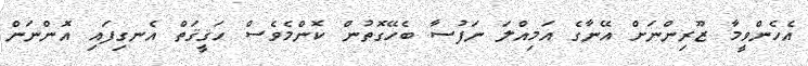
އެހެންވީމާ ޒޫރިންނަށް އޭނާގެ އަމިއްލަ ނަފުސާ ބެހޭގޮތުން ކޮންމެވެސް ހަޤީޤަތް އެނގިފައި އޮންނަން